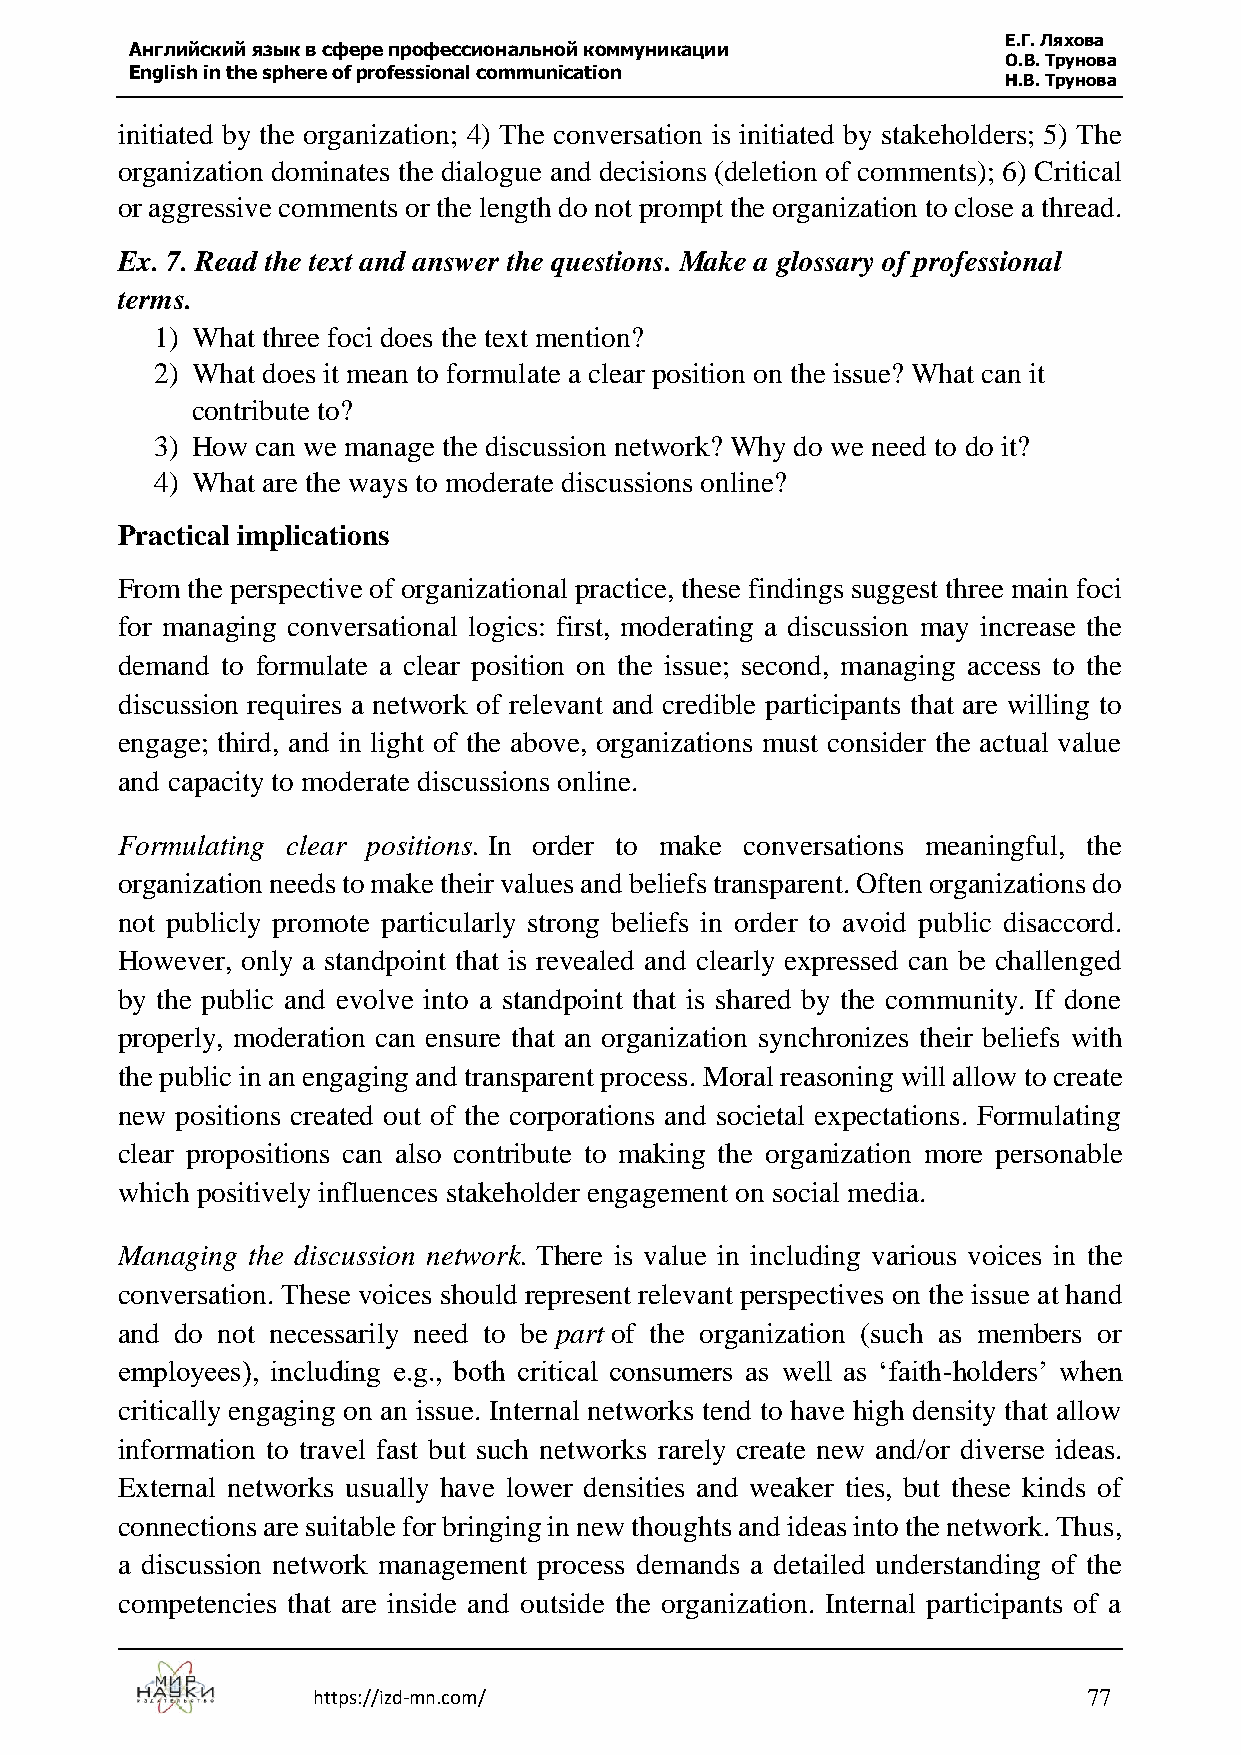
Е.Г. Ляхова
 Английский язык в сфере профессиональной коммуникации
 О.В. Трунова
 English in the sphere of professional communication
 Н.В. Трунова
 initiated by the organization; 4) The conversation is initiated by stakeholders; 5) The
 organization dominates the dialogue and decisions (deletion of comments); 6) Critical
 or aggressive comments or the length do not prompt the organization to close a thread.
 Ex. 7. Read the text and answer the questions. Make a glossary of professional
 terms.
 1) What three foci does the text mention?
 2) What does it mean to formulate a clear position on the issue? What can it
 contribute to?
 3) How can we manage the discussion network? Why do we need to do it?
 4) What are the ways to moderate discussions online?
 Practical implications
 From the perspective of organizational practice, these findings suggest three main foci
 for managing conversational logics: first, moderating a discussion may increase the
 demand to formulate a clear position on the issue; second, managing access to the
 discussion requires a network of relevant and credible participants that are willing to
 engage; third, and in light of the above, organizations must consider the actual value
 and capacity to moderate discussions online.
 Formulating clear positions. In order to make conversations meaningful, the
 organization needs to make their values and beliefs transparent. Often organizations do
 not publicly promote particularly strong beliefs in order to avoid public disaccord.
 However, only a standpoint that is revealed and clearly expressed can be challenged
 by the public and evolve into a standpoint that is shared by the community. If done
 properly, moderation can ensure that an organization synchronizes their beliefs with
 the public in an engaging and transparent process. Moral reasoning will allow to create
 new positions created out of the corporations and societal expectations. Formulating
 clear propositions can also contribute to making the organization more personable
 which positively influences stakeholder engagement on social media.
 Managing the discussion network. There is value in including various voices in the
 conversation. These voices should represent relevant perspectives on the issue at hand
 and do not necessarily need to be part of the organization (such as members or
 employees), including e.g., both critical consumers as well as ‘faith-holders’ when
 critically engaging on an issue. Internal networks tend to have high density that allow
 information to travel fast but such networks rarely create new and/or diverse ideas.
 External networks usually have lower densities and weaker ties, but these kinds of
 connections are suitable for bringing in new thoughts and ideas into the network. Thus,
 a discussion network management process demands a detailed understanding of the
 competencies that are inside and outside the organization. Internal participants of a
 https://izd-mn.com/                                77